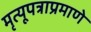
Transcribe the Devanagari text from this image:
मृत्यूपत्राप्रमाणे